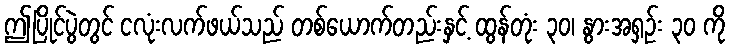
ဤပြိုင်ပွဲတွင် ငလုံးလက်ဖယ်သည် တစ်ယောက်တည်းနှင့် ထွန်တုံး ၃၀၊ နွားအရှဉ်း ၃၀ ကို